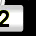
Digit: 2